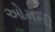
ઓમની